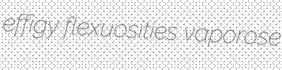
effigy flexuosities vaporose